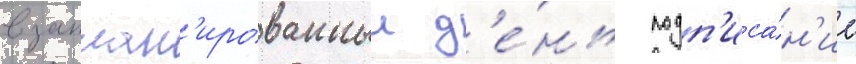
в заплан'ированныи д'е́нь подп'иса́н'ие